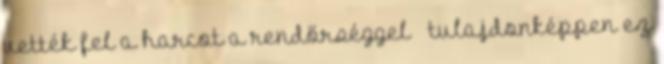
vették fel a harcot a rendőrséggel – tulajdonképpen ez